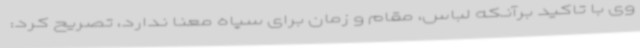
وی با تاکید برآنکه لباس، مقام و زمان برای سپاه معنا ندارد، تصریح کرد: